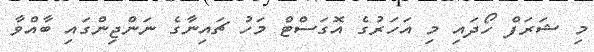
މި ޝަރަފް ހޯދައި މި އަހަރުގެ އޮގަސްޓް މަހު ޗައިނާގެ ނަންޖިންގައި ބާއްވާ